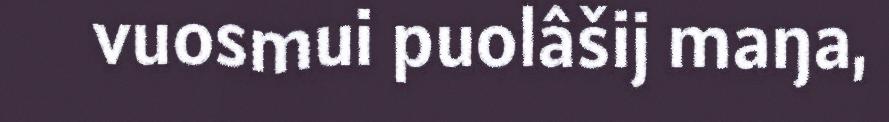
vuosmui puolâšij maŋa,